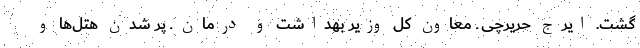
گشت. ایرج حریرچی ـ معاون کل وزیر بهداشت و درمان ـ پر شدن هتل‌ها و